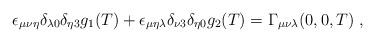
LaTeX: \begin{align*}\epsilon_{\mu\nu\eta}\delta_{\lambda 0}\delta_{\eta 3}g_1(T)+\epsilon_{\mu\eta\lambda}\delta_{\nu 3}\delta_{\eta 0}g_2(T)=\Gamma_{\mu\nu\lambda}(0,0,T)\;,\end{align*}